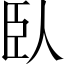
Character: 臥